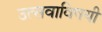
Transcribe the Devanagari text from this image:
उत्सवाविषयी